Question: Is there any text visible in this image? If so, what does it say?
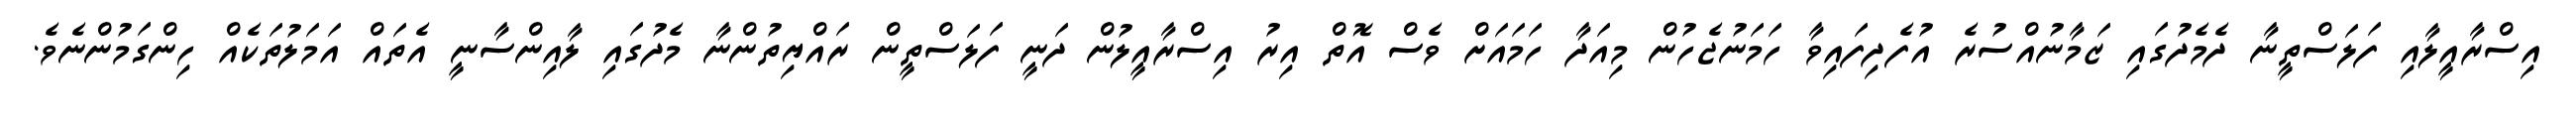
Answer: އިސްރާއީލާއި ފަލަސްތީނާ ދެމެދުގައި ޒަމާނުއްސުރެ އުފެދިފައިވާ ހަމަނުޖެހުން މިއަދާ ހަމައަށް ވެސް އޮތް އިރު އިސްރާއީލުން ދަނީ ފަލަސްތީން ރައްޔިތުންނާ މެދުގައި ލާއިންސާނީ އެތައް އަމަލުތަކެއް ހިންގަމުންނެވެ.